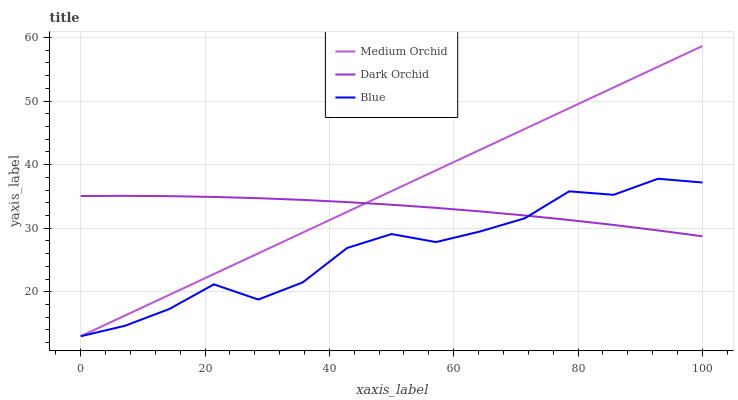
| xaxis_label | Medium Orchid | Dark Orchid | Blue |
 | --- | --- | --- | --- |
 | 0 | 13 | 35.1 | 13 |
 | 7.14 | 16.3 | 35.1 | 14.7 |
 | 14.3 | 19.5 | 35 | 17.3 |
 | 21.4 | 22.8 | 34.9 | 21.2 |
 | 28.6 | 26 | 34.7 | 18.8 |
 | 35.7 | 29.3 | 34.5 | 21.5 |
 | 42.9 | 32.6 | 34.1 | 26.9 |
 | 50 | 35.8 | 33.7 | 29.1 |
 | 57.1 | 39.1 | 33.2 | 27.8 |
 | 64.3 | 42.4 | 32.6 | 29.5 |
 | 71.4 | 45.6 | 32 | 31.6 |
 | 78.6 | 48.9 | 31.3 | 35.8 |
 | 85.7 | 52.1 | 30.5 | 35.3 |
 | 92.9 | 55.4 | 29.7 | 37.8 |
 | 100 | 58.7 | 28.7 | 37.2 |